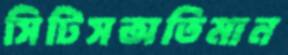
সিটিসঅতিমান